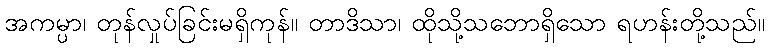
အကမ္ပာ၊ တုန်လှုပ်ခြင်းမရှိကုန်။ တာဒိသာ၊ ထိုသို့သဘောရှိသော ရဟန်းတို့သည်။